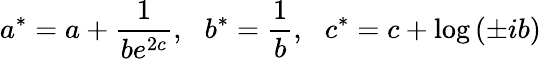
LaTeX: a^{*}=a+\frac{1}{be^{2c}},\: \: \: b^{*}=\frac{1}{b},\: \: \: c^{*}=c+\log\left(\pm ib\right)